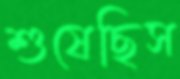
শুষেছিস